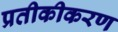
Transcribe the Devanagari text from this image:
प्रतीकीकरण